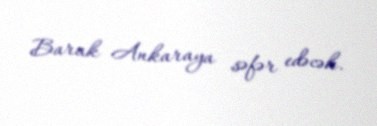
Barak Ankaraya səfər edəcək.